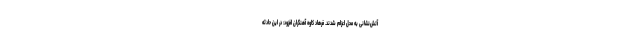
آتش‌نشانی به محل اعزام شدند. فرهاد کاوه آهنگران افزود: در این حادثه